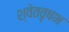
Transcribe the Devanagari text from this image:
श्वेतवृषभ